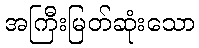
အကြီးမြတ်ဆုံးသော